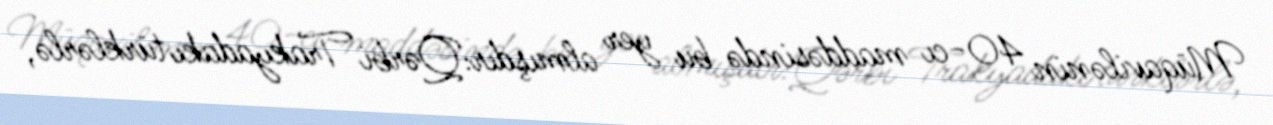
Müqavilənin 40-cı maddəsində bu yer almışdır:Qərbi Trakyadakı türklərlə,